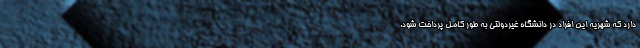
دارد که شهریه این افراد در دانشگاه غیردولتی به طور کامل پرداخت شود.